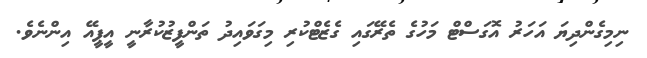
ނިމިގެންދިޔަ އަހަރު އޮގަސްޓް މަހުގެ ތެރޭގައި ގެޒެޓްކުރި މިގަވައިދު ތަންފީޒުކުރާނީ އީޕީއޭ އިންނެވެ.